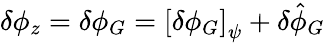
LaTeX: \delta\phi_{z}=\delta\phi_{G}=\left[\delta\phi_{G}\right]_{\psi}+\delta\hat{\phi}_{G}